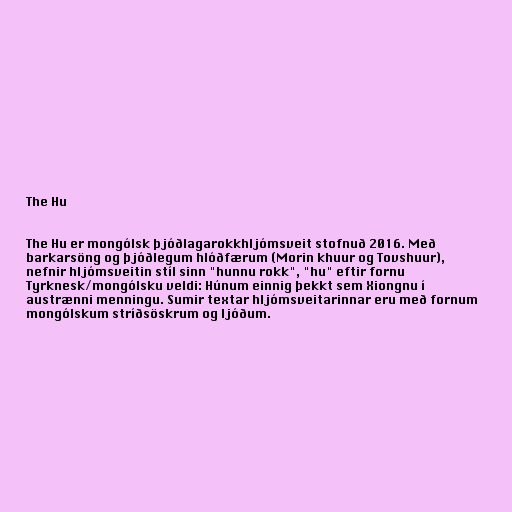
The Hu

The Hu er mongólsk þjóðlagarokkhljómsveit stofnuð 2016. Með
barkarsöng og þjóðlegum hlóðfærum (Morin khuur og Tovshuur),
nefnir hljómsveitin stíl sinn "hunnu rokk", "hu" eftir fornu
Tyrknesk/mongólsku veldi: Húnum einnig þekkt sem Xiongnu í
austrænni menningu. Sumir textar hljómsveitarinnar eru með fornum
mongólskum stríðsöskrum og ljóðum.